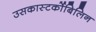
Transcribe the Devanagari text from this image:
उसकास्‍टर्कोबिलिन